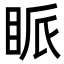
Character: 眽